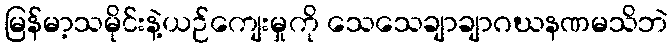
မြန်မာ့သမိုင်းနဲ့ယဉ်ကျေးမှုကို သေသေချာချာဂဃနဏမသိဘဲ